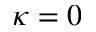
\kappa = 0